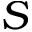
S